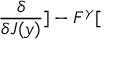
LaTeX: \frac { \delta } { \delta J ( y ) } ] - F ^ { \gamma } [